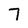
Character: 7